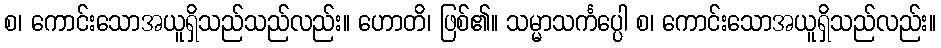
စ၊ ကောင်းသောအယူရှိသည်သည်လည်း။ ဟောတိ၊ ဖြစ်၏။ သမ္မာသင်္ကပ္ပေါ စ၊ ကောင်းသောအယူရှိသည်လည်း။